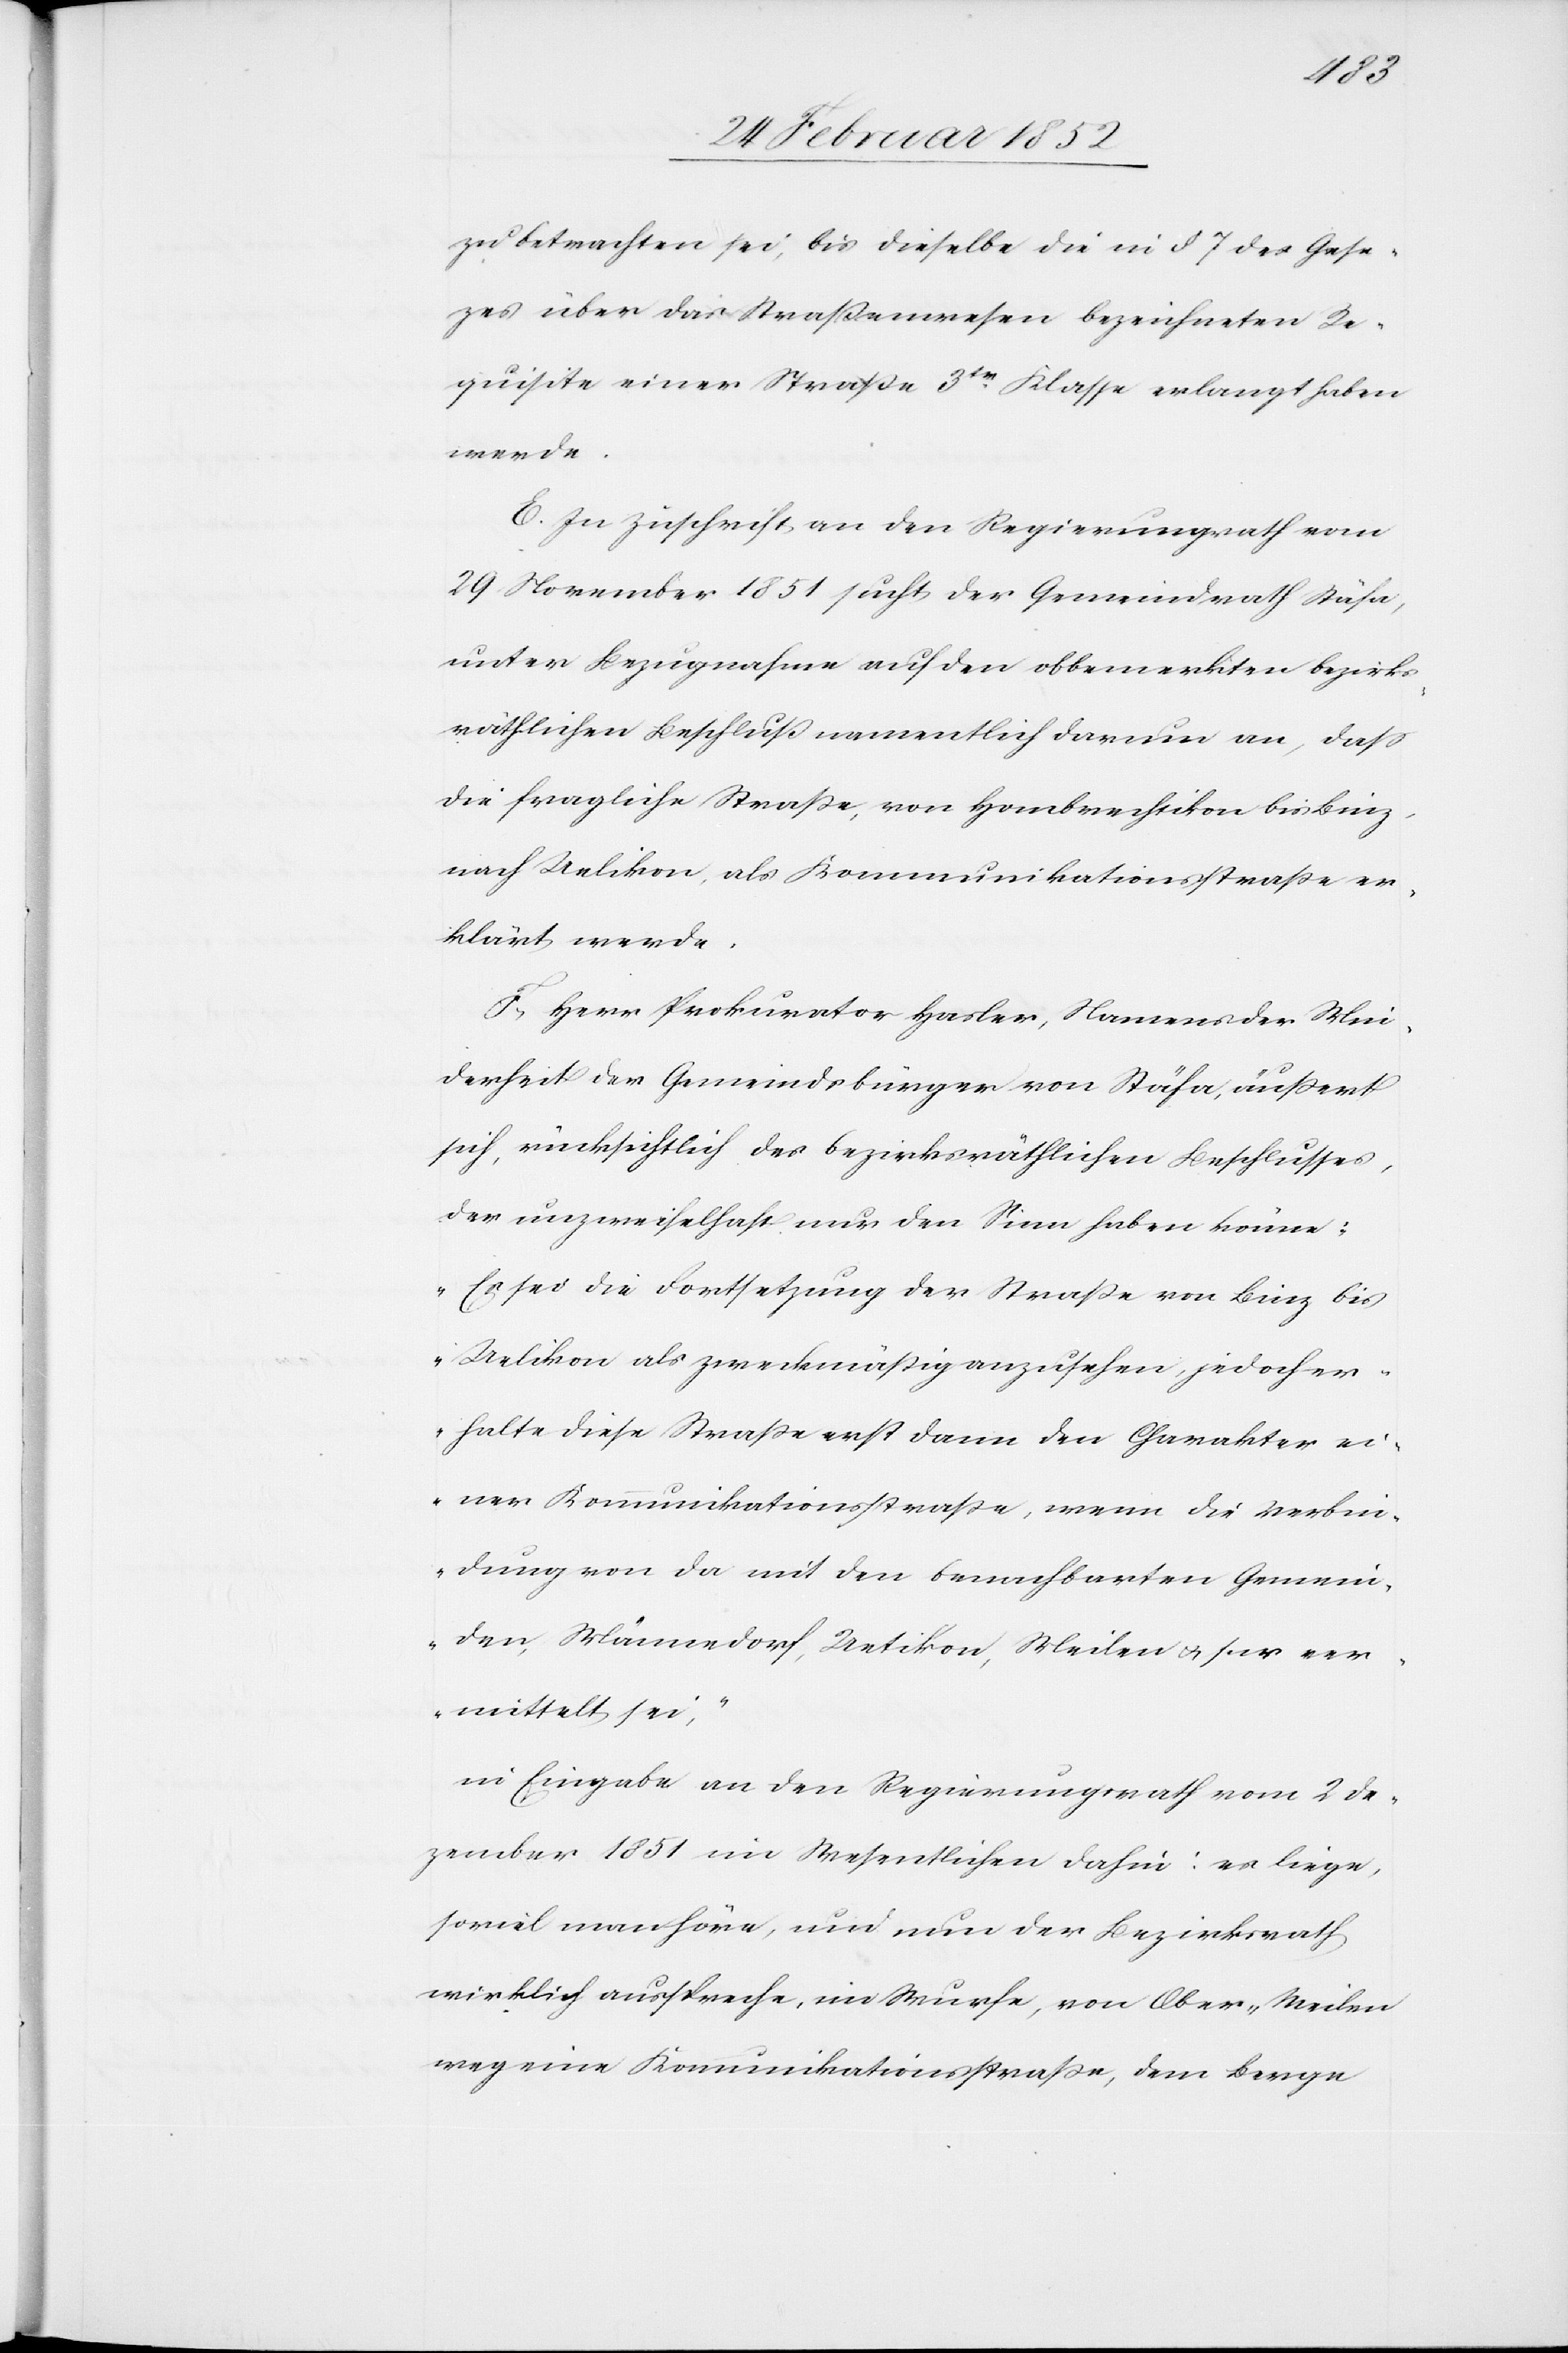
zu betrachten sei, bis dieselbe die in § 7 des Gese¬
tzes über das Straßenwesen bezeichneten Re¬
quisite einer Straße 3te Klasse erlangt haben
werde.
E. In Zuschrift an den Regierungsrath vom
29 November 1851 sucht der Gemeindrath Stäfa,
unter Bezugnahme auf den obbemerkten bezirks¬
räthlichen Beschluß namentlich darum an, daß
die fragliche Straße, von Hombrechtikon bis Binz
nach Uelikon, als Kommunikationsstraße er¬
klärt werde.
F.) Herr Prokurator Hasler, Namens der Min¬
derheit der Gemeindsbürger von Stäfa, äußert
sich, rücksichtlich des bezirksräthlichen Beschlusses,
der unzweifelhaft nur den Sinn haben könne:
„Es sei die Fortsetzung der Straße von Binz bis
Uelikon als zweckmäßig anzusehen, jedoch er¬
halte diese Straße erst dann den Charakter ei¬
ner Kommunikationsstraße, wenn die Verbin¬
dung von da mit den benachbarten Gemein¬
de, Männedorf, Uetikon, Meilen u. s. w. ver¬
mittelt sei,“
in Eingabe an den Regierungsrath vom 2 De¬
zember 1851 im Wesentlichen dahin: es liege,
soviel man höre, und nun der Bezirksrath
wirklich ausspreche, im Wurfe, von Ober-Meilen
weg eine Kommunikationsstraße, dem Berge